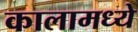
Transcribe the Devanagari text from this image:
कालामध्ये